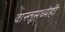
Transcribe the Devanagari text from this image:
वास्तूमध्येही